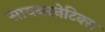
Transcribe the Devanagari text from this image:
सायबरनेटिक्स